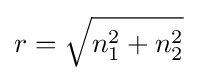
r={\sqrt {n_{1}^{2}+n_{2}^{2}}}